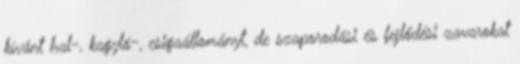
kívánt hal-, kagyló-, csigaállományt, de szaporodási és fejlődési zavarokat